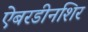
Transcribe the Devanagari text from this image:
ऐबरडीनशिर